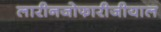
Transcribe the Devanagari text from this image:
लारीनजोफारीजीयाल